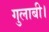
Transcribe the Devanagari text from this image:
गुलाबी।